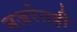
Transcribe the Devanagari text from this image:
नजरेतही